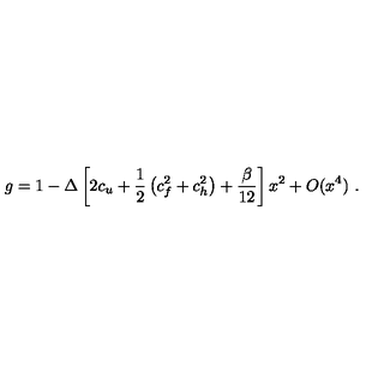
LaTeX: g = 1 - \Delta \left[ 2 c _ { u } + \frac 1 2 \left( c _ { f } ^ { 2 } + c _ { h } ^ { 2 } \right) + \frac \beta { 1 2 } \right] x ^ { 2 } + O ( x ^ { 4 } ) \ .